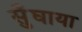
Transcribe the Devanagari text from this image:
सुँघाया